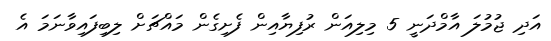
އަދި ޖުމުލަ އާމްދަނީ 5 މިލިއަން ރުފިޔާއިން ފެށިގެން މައްޗަށް ލިބިފައިވާނަމަ އެ